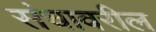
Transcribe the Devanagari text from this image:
संचावरील